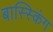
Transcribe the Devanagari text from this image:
बास्स्किंग